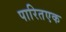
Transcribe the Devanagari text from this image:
पारितएक